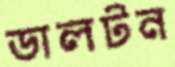
ডালটন